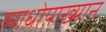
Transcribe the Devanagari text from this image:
व्याधोपाख्यान